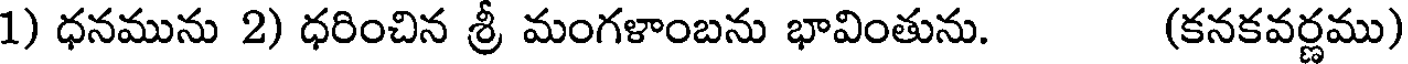
1) ధనమును 2) ధరించిన శ్రీ మంగళాంబను భావింతును. (కనకవర్ణము)